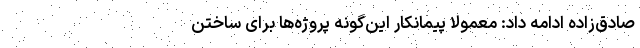
صادق‌زاده ادامه داد: معمولا پیمانکار این‌گونه پروژه‌ها برای ساختن